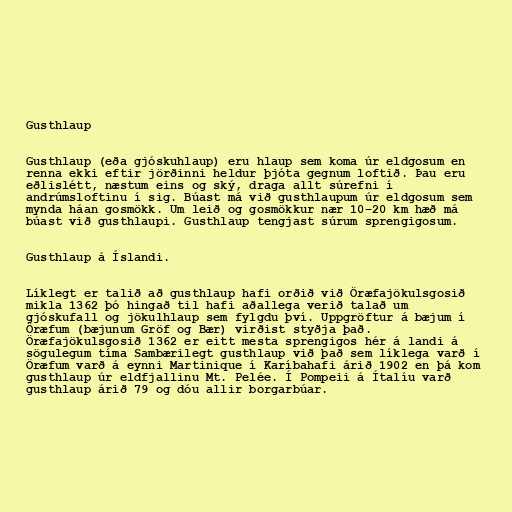
Gusthlaup

Gusthlaup (eða gjóskuhlaup) eru hlaup sem koma úr eldgosum en
renna ekki eftir jörðinni heldur þjóta gegnum loftið. Þau eru
eðlislétt, næstum eins og ský, draga allt súrefni í
andrúmsloftinu í sig. Búast má við gusthlaupum úr eldgosum sem
mynda háan gosmökk. Um leið og gosmökkur nær 10–20 km hæð má
búast við gusthlaupi. Gusthlaup tengjast súrum sprengigosum.

Gusthlaup á Íslandi.

Líklegt er talið að gusthlaup hafi orðið við Öræfajökulsgosið
mikla 1362 þó hingað til hafi aðallega verið talað um
gjóskufall og jökulhlaup sem fylgdu því. Uppgröftur á bæjum í
Öræfum (bæjunum Gröf og Bær) virðist styðja það.
Öræfajökulsgosið 1362 er eitt mesta sprengigos hér á landi á
sögulegum tíma Sambærilegt gusthlaup við það sem líklega varð í
Öræfum varð á eynni Martinique í Karíbahafi árið 1902 en þá kom
gusthlaup úr eldfjallinu Mt. Pelée. Í Pompeii á Ítalíu varð
gusthlaup árið 79 og dóu allir borgarbúar.